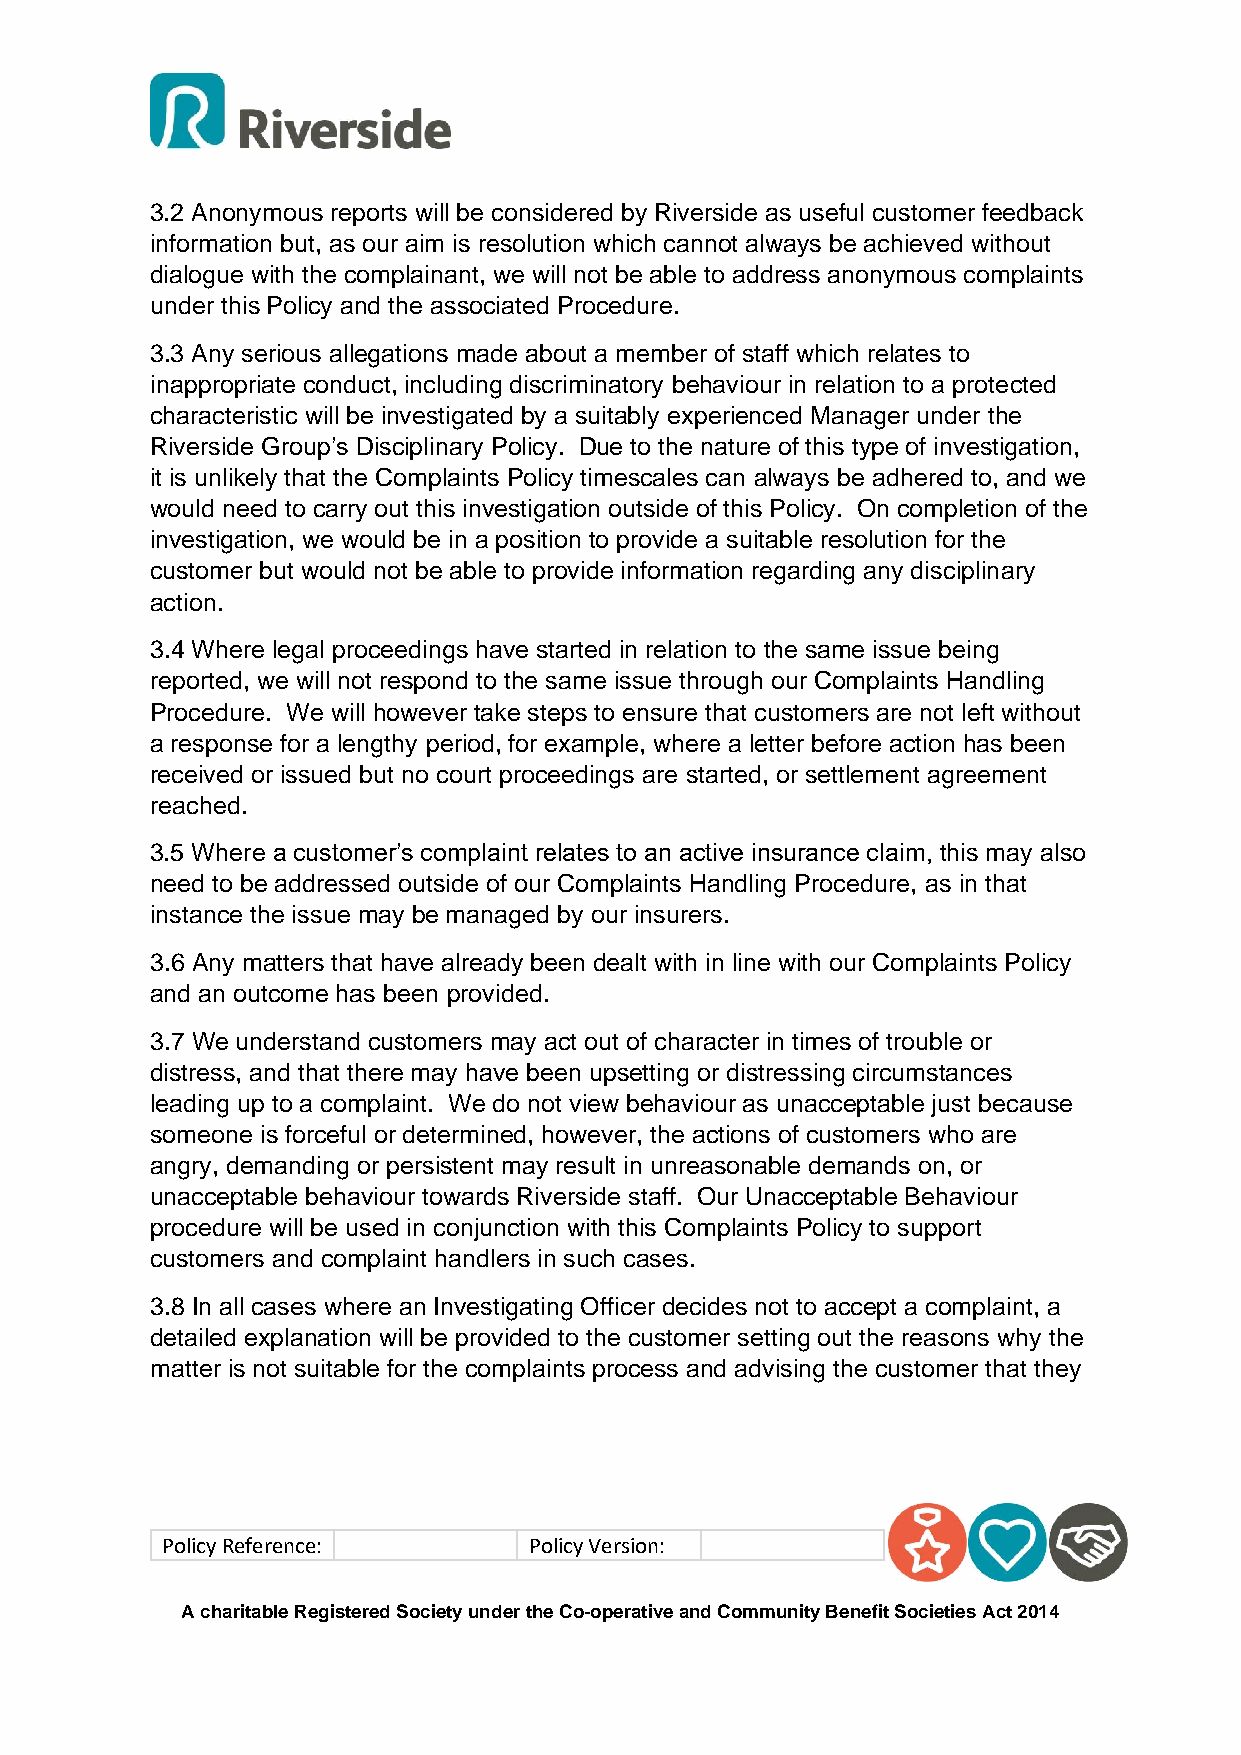
3.2 Anonymous reports will be considered by Riverside as useful customer feedback
 information but, as our aim is resolution which cannot always be achieved without
 dialogue with the complainant, we will not be able to address anonymous complaints
 under this Policy and the associated Procedure.
 3.3 Any serious allegations made about a member of staff which relates to
 inappropriate conduct, including discriminatory behaviour in relation to a protected
 characteristic will be investigated by a suitably experienced Manager under the
 Riverside Group’s Disciplinary Policy. Due to the nature of this type of investigation,
 it is unlikely that the Complaints Policy timescales can always be adhered to, and we
 would need to carry out this investigation outside of this Policy. On completion of the
 investigation, we would be in a position to provide a suitable resolution for the
 customer but would not be able to provide information regarding any disciplinary
 action.
 3.4 Where legal proceedings have started in relation to the same issue being
 reported, we will not respond to the same issue through our Complaints Handling
 Procedure. We will however take steps to ensure that customers are not left without
 a response for a lengthy period, for example, where a letter before action has been
 received or issued but no court proceedings are started, or settlement agreement
 reached.
 3.5 Where a customer’s complaint relates to an active insurance claim, this may also
 need to be addressed outside of our Complaints Handling Procedure, as in that
 instance the issue may be managed by our insurers.
 3.6 Any matters that have already been dealt with in line with our Complaints Policy
 and an outcome has been provided.
 3.7 We understand customers may act out of character in times of trouble or
 distress, and that there may have been upsetting or distressing circumstances
 leading up to a complaint. We do not view behaviour as unacceptable just because
 someone is forceful or determined, however, the actions of customers who are
 angry, demanding or persistent may result in unreasonable demands on, or
 unacceptable behaviour towards Riverside staff. Our Unacceptable Behaviour
 procedure will be used in conjunction with this Complaints Policy to support
 customers and complaint handlers in such cases.
 3.8 In all cases where an Investigating Officer decides not to accept a complaint, a
 detailed explanation will be provided to the customer setting out the reasons why the
 matter is not suitable for the complaints process and advising the customer that they
 Policy Reference:       Policy Version:
 A charitable Registered Society under the Co-operative and Community Benefit Societies Act 2014